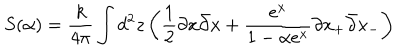
S ( \alpha ) = \frac { k } { 4 \pi } \int d ^ { 2 } z \left( \frac { 1 } { 2 } \partial x \bar { \partial } x + \frac { e ^ { x } } { 1 - \alpha e ^ { x } } \partial x _ { + } \bar { \partial } x _ { - } \right)